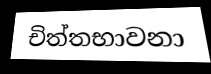
චිත්තභාවනා